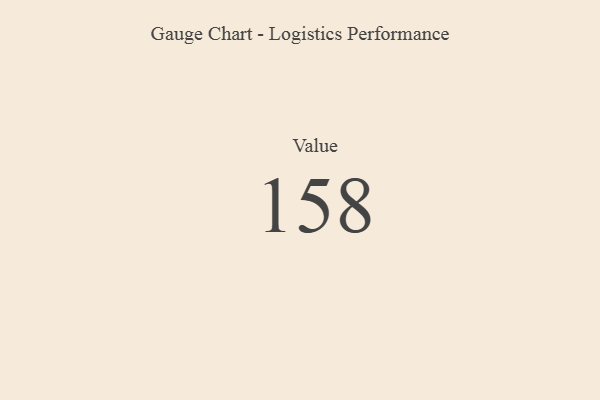
{"axis": {"x": "Metric", "y": "Value"}, "legend": [""], "data": [{"x": "Value", "y": 158, "type": ""}]}